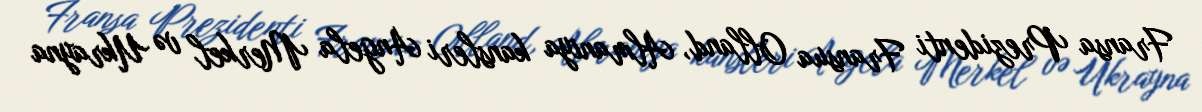
Fransa Prezidenti Fransua Olland, Almaniya kansleri Angela Merkel və Ukrayna